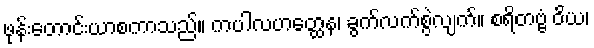
ဖုန်းတောင်းယာစကာသည်။ ကပါလဟတ္ထေန၊ ခွက်လက်စွဲလျက်။ စရိတဗ္ဗံ ဝိယ၊